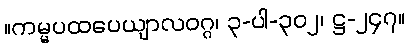
။ကမ္မပထပေယျာလဝဂ္ဂ၊ ၃-ပါ-၃၀၂၊ ဋ္ဌ-၂၄၇။